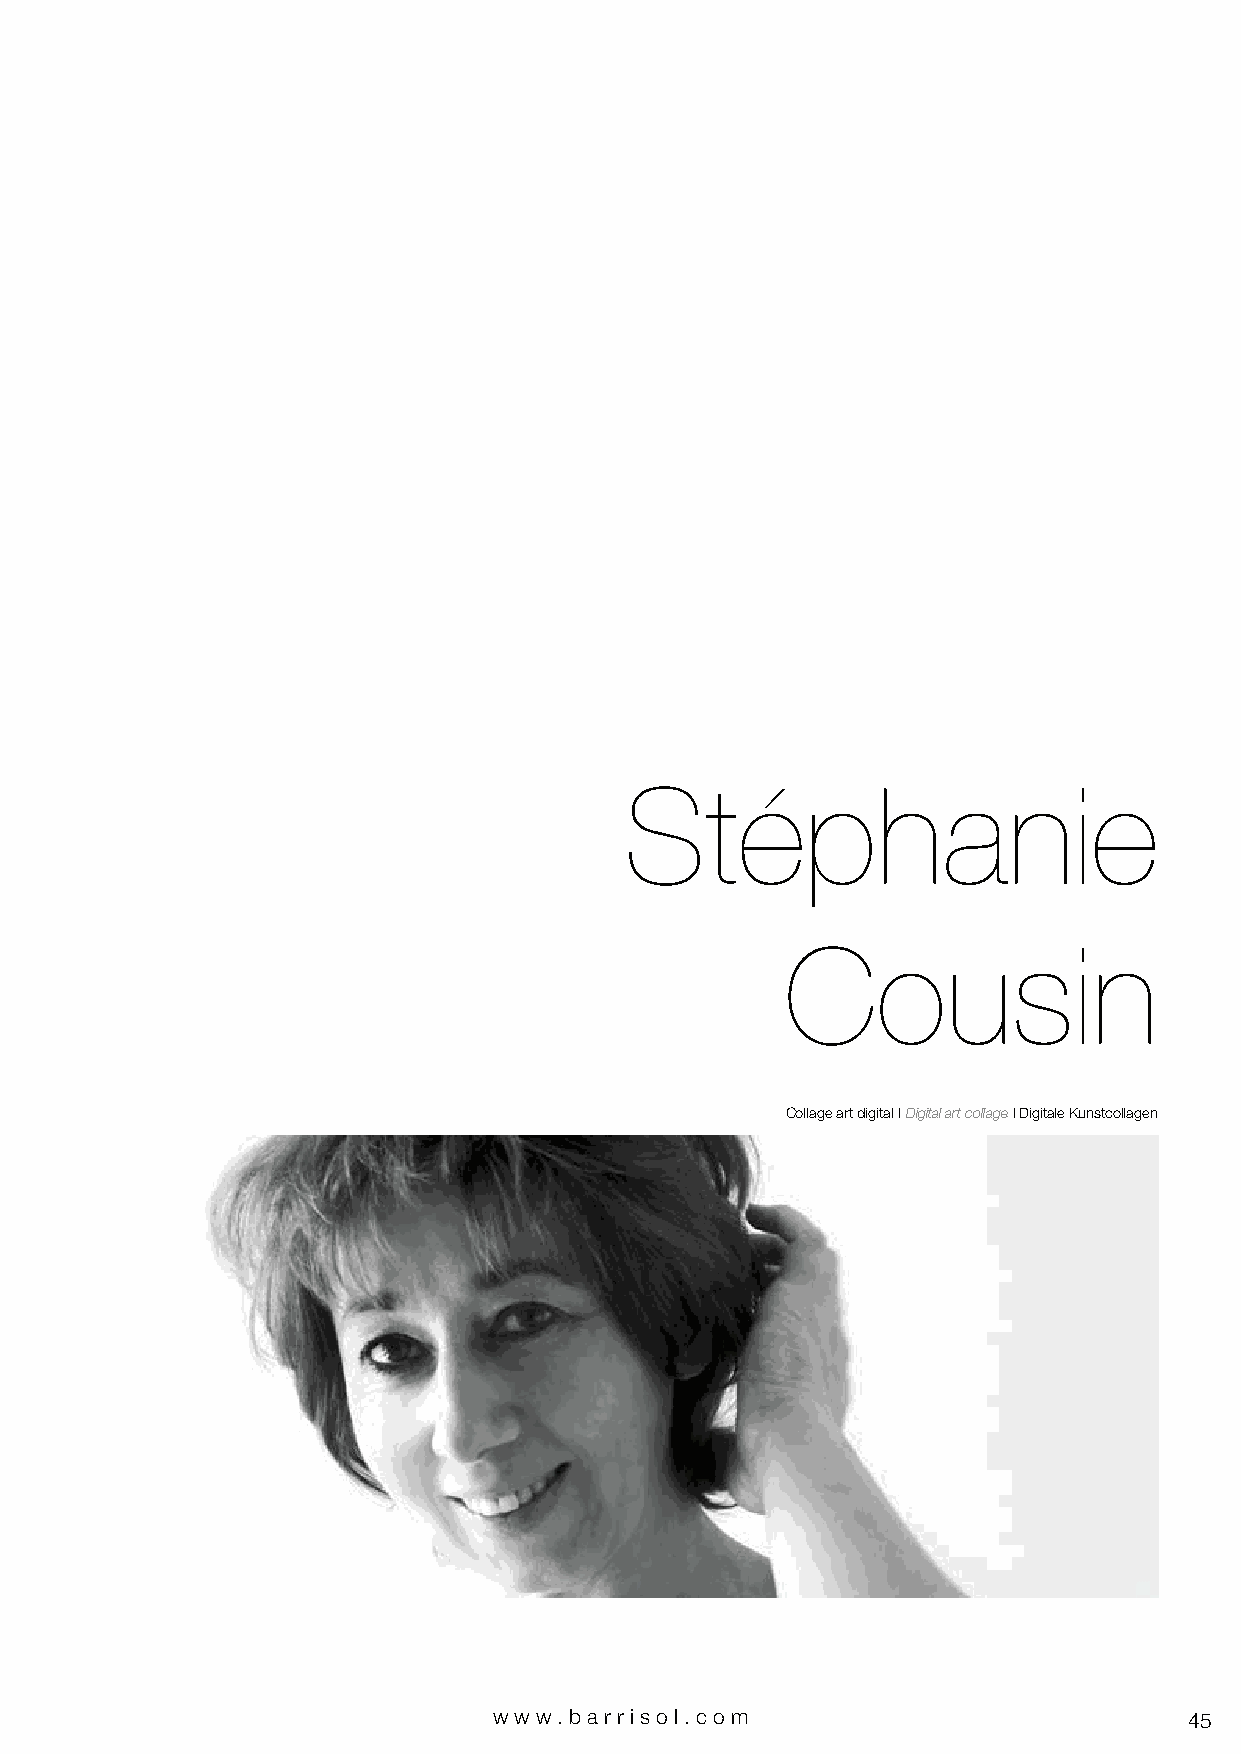
Stéphanie
 Cousin
 Collage art digital I Digital art collage I Digitale Kunstcollagen
 www.bar riso l. com                           45